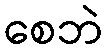
စေဘဲ